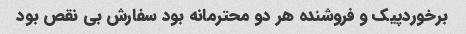
برخوردپیک و فروشنده هر دو محترمانه بود سفارش بی نقص بود